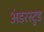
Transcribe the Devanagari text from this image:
अंडरस्टुड